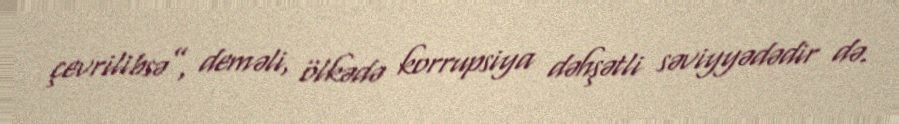
çevrilibsə”, deməli, ölkədə korrupsiya dəhşətli səviyyədədir də.